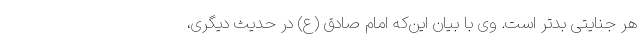
هر جنایتی بدتر است. وی با بیان این‌که امام صادق (ع) در حدیث دیگری،